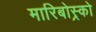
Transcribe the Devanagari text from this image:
मारिबोस्र्को